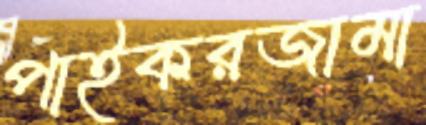
পাইকরজামা